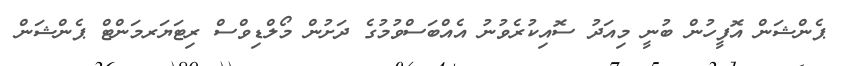
ޕެންޝަން އޮފީހުން ބުނީ މިއަދު ސޮއިކުރެވުނު އެއްބަސްވުމުގެ ދަށުން މޯލްޑިވްސް ރިޓަޔަރމަންޓް ޕެންޝަން